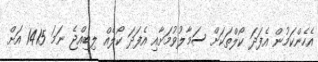
އެހެންކަމުން އެފަދަ ކޯލްތަކަށް ސަމާލުވުމަށާއި އެފަދަ ކޯލެއް ލިބިއްޖެ ނަމަ 1415 އަށް